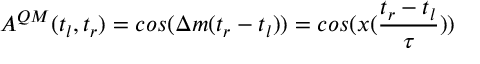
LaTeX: A ^ { Q M } ( t _ { l } , t _ { r } ) = c o s ( \Delta m ( t _ { r } - t _ { l } ) ) = c o s ( x ( \frac { t _ { r } - t _ { l } } { \tau } ) )